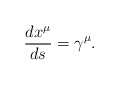
\begin{align*}\frac{dx^\mu }{ds}=\gamma ^\mu . \end{align*}